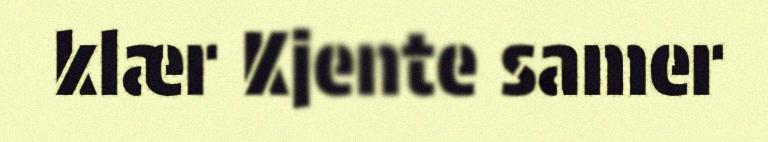
klær Kjente samer